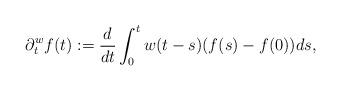
LaTeX: \begin{align*}\partial^w_t f(t):= \frac{d}{dt} \int_0^t w(t-s) (f(s)-f(0)) ds,\end{align*}